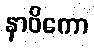
နာဝိကော